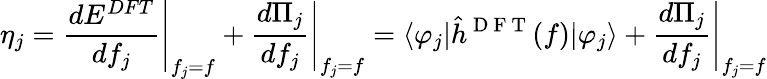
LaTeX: \eta_{j}=\left.\frac{dE^{DFT}}{df_{j}}\right\rvert_{f_{j}=f}+\left.\frac{d\Pi_{j}}{df_{j}}\right\rvert_{f_{j}=f}=\langle\varphi_{j}\rvert\hat{h}^{\mathrm{~D~F~T~}}(f)\lvert\varphi_{j}\rangle+\left.\frac{d\Pi_{j}}{df_{j}}\right\rvert_{f_{j}=f}